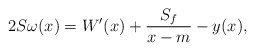
\begin{align*}2S\omega(x) = W'(x)+\frac{S_f}{x-m}-y(x),\end{align*}